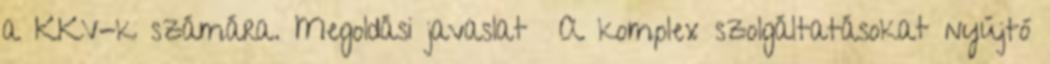
a KKV-k számára. Megoldási javaslat ▪A komplex szolgáltatásokat nyújtó